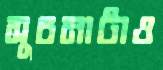
সূচনাটাও